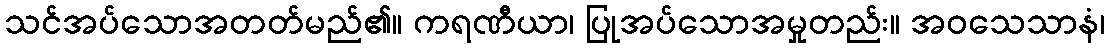
သင်အပ်သောအတတ်မည်၏။ ကရဏီယာ၊ ပြုအပ်သောအမှုတည်း။ အဝသေသာနံ၊